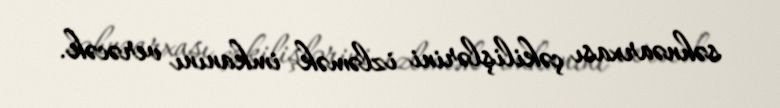
səhnəarxası çəkilişlərini izləmək imkanını verəcək.